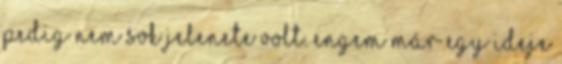
pedig nem sok jelenete volt. Engem már egy ideje